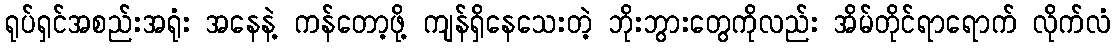
ရုပ်ရှင်အစည်းအရုံး အနေနဲ့ ကန်တော့ဖို့ ကျန်ရှိနေသေးတဲ့ ဘိုးဘွားတွေကိုလည်း အိမ်တိုင်ရာရောက် လိုက်လံ